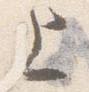
上